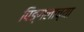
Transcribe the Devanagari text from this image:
पिङ्गलाच्या